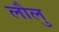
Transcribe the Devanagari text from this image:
लौलु